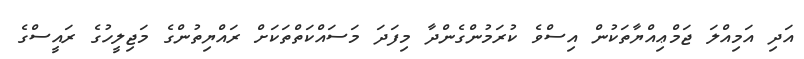
އަދި އަމިއްލަ ޖަމްޢިއްޔާތަކުން އިސްވެ ކުރަމުންގެންދާ މިފަދަ މަސައްކަތްތަކަށް ރައްޔިތުންގެ މަޖިލީހުގެ ރައީސްގެ